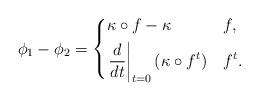
LaTeX: \begin{align*} \phi_1-\phi_2 &= \begin{dcases} \kappa \circ f - \kappa & f , \\ \left.\frac{d}{dt}\right|_{t=0} (\kappa \circ f^t) & f^t .\end{dcases} \end{align*}